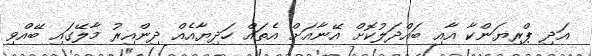
އަދި ޕްރިޔަންކާ އާއި ބައްދަލުކޮށް އޭނާއަށް އެތައް ހަދިޔާއެއް ދިންއިރު މާލޭގައި ބޭއްވި